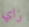
زاي